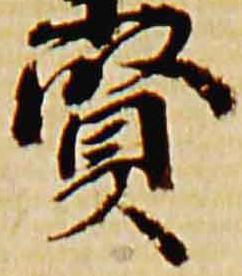
賢